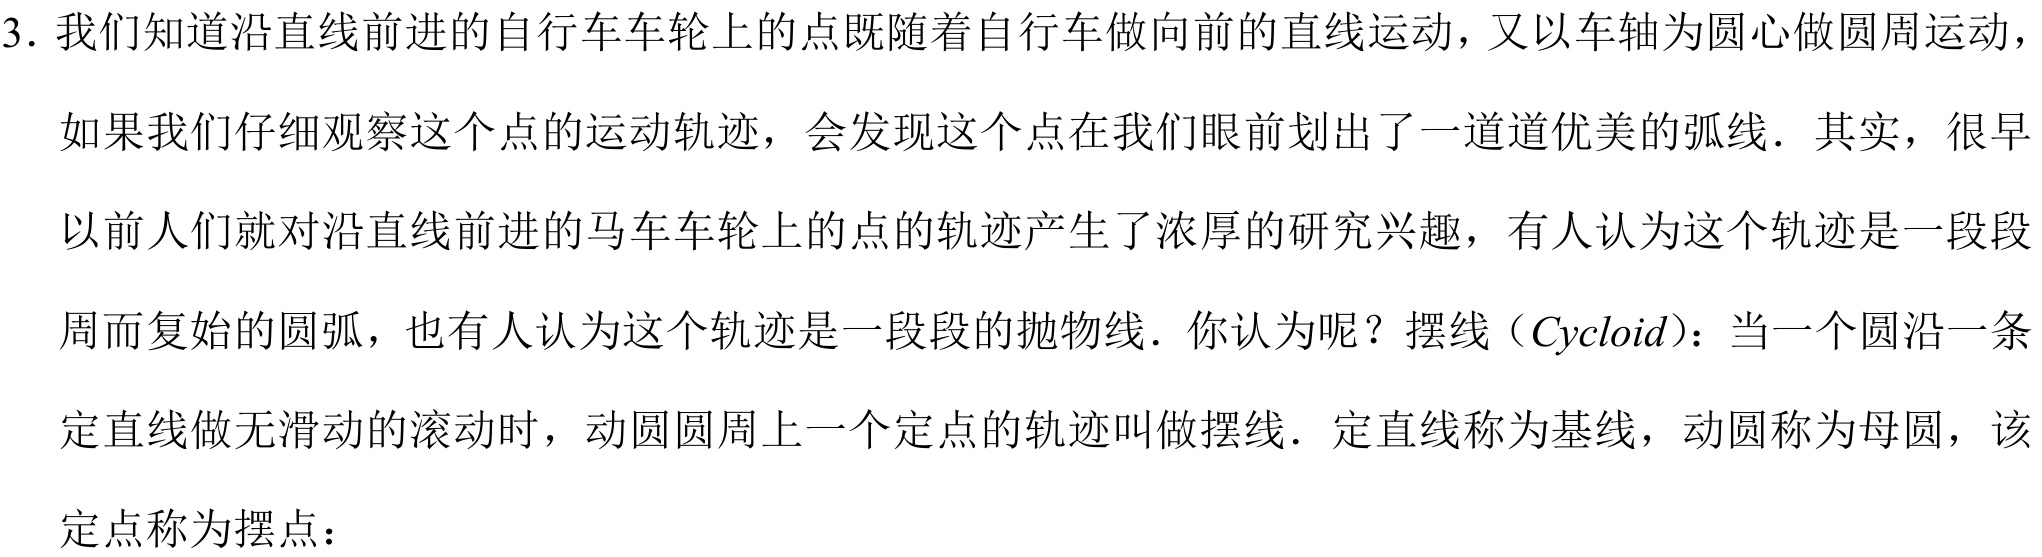
3. 我们知道沿直线前进的自行车车轮上的点既随着自行车做向前的直线运动，又以车轴为圆心做圆周运动，如果我们仔细观察这个点的运动轨迹，会发现这个点在我们眼前划出了一道道优美的弧线．其实，很早以前人们就对沿直线前进的马车车轮上的点的轨迹产生了浓厚的研究兴趣，有人认为这个轨迹是一段段周而复始的圆弧，也有人认为这个轨迹是一段段的抛物线．你认为呢？摆线（\(Cycloid\)）：当一个圆沿一条定直线做无滑动的滚动时，动圆圆周上一个定点的轨迹叫做摆线．定直线称为基线，动圆称为母圆，该定点称为摆点：